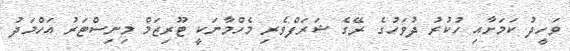
ވަހީދު ކަމަށާއި ހުކުރު ދުވަހުގެ ރޭގެ ޝަރަފްވެރި މެހްމާނަކީ ޓޫރިޒަމް މިނިސްޓަރު އަހްމަދު